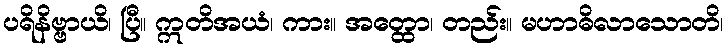
ပရိနိဗ္ဗာယိ၊ ပြီ။ ဣတိအယံ၊ ကား။ အတ္ထော၊ တည်း။ မဟာဓိလာသောတိ၊